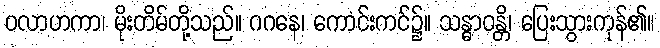
ဝလာဟကာ၊ မိုးတိမ်တို့သည်။ ဂဂနေ၊ ကောင်းကင်၌။ သန္ဓာဝန္တိ၊ ပြေးသွားကုန်၏။